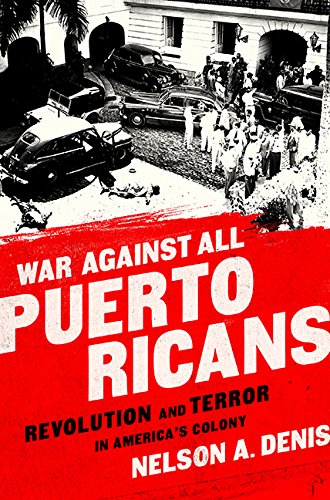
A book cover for War Against All Puerto Ricans: Revolution and Terror in AmericaEEs Colony; Nelson A Denis; History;